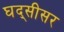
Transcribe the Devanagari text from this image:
घद्सीसर